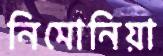
নিমোনিয়া